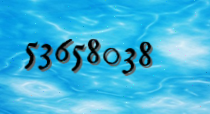
53658038